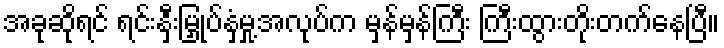
အခုဆိုရင် ရင်းနှီးမြှုပ်နှံမှု့အလုပ်က မှန်မှန်ကြီး ကြီးထွားတိုးတက်နေပြီ။